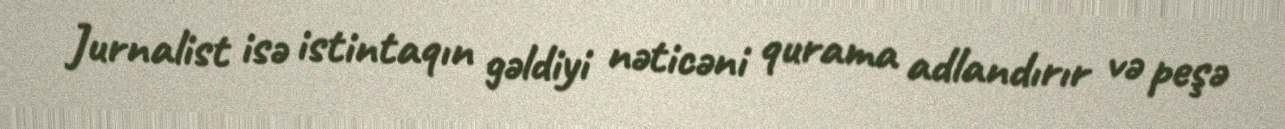
Jurnalist isə istintaqın gəldiyi nəticəni qurama adlandırır və peşə